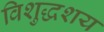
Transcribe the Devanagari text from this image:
विशुद्धशय